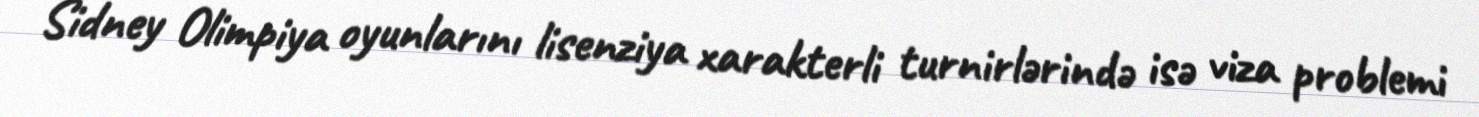
Sidney Olimpiya oyunlarını lisenziya xarakterli turnirlərində isə viza problemi